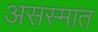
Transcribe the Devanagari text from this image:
असस्मात